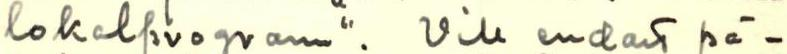
lokalprogram". Vill endast på-